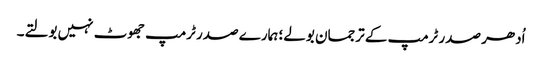
اُدھر صدر ٹرمپ کے ترجمان بولے؛ ہمارے صدر ٹرمپ جھوٹ نہیں بولتے۔